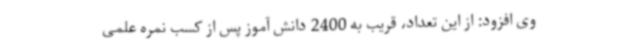
وی افزود: از این تعداد، قریب به 2400 دانش آموز پس از کسب نمره علمی